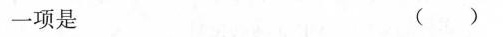
的一项是 ( )